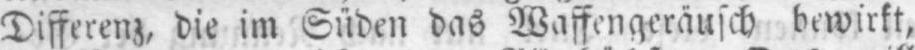
Differenz, die im Süden das Waffengeräuschbewirkt,